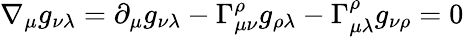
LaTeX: \nabla_{\mu}g_{\nu\lambda}=\partial_{\mu}g_{\nu\lambda}-\Gamma_{\mu\nu}^{\rho}g_{\rho\lambda}-\Gamma_{\mu\lambda}^{\rho}g_{\nu\rho}=0